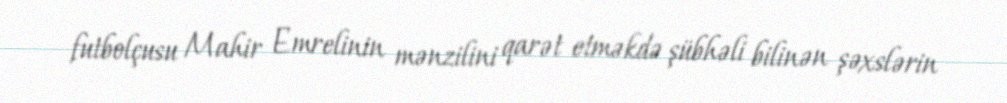
futbolçusu Mahir Emrelinin mənzilini qarət etməkdə şübhəli bilinən şəxslərin